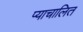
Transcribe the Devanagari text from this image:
प्याचालित